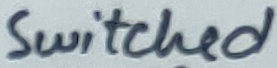
Text: Switched